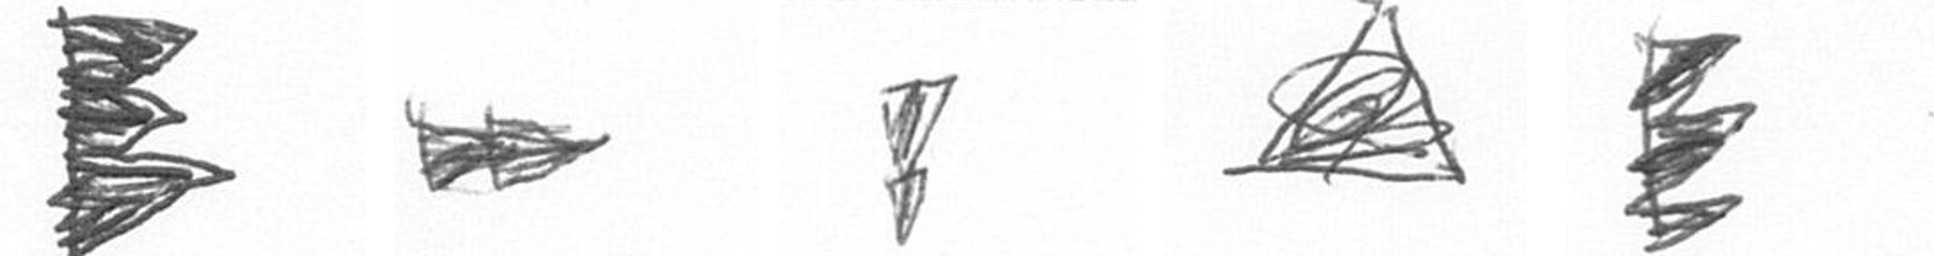
H A Z O H